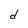
Character: d